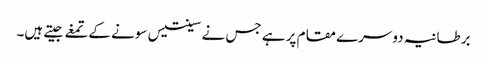
برطانیہ دوسرے مقام پر ہے جس نے سینتیس سونے کےتمغے جیتے ہیں۔